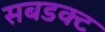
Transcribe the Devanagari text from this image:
सबडक्ट